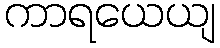
ကာရယေယျ